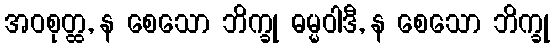
အဝစုတ္ထ, န စေသော ဘိက္ခု ဓမ္မဝါဒီ, န စေသော ဘိက္ခု